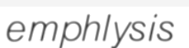
emphlysis